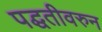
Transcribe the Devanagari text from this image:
पद्घतीवरुन